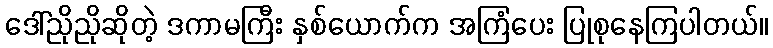
ဒေါ်ညိုညိုဆိုတဲ့ ဒကာမကြီး နှစ်ယောက်က အကြံပေး ပြုစုနေကြပါတယ်။